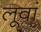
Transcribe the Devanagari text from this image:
लूवां